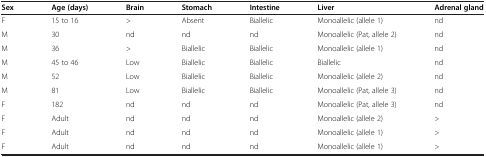
<table><thead><tr><td><b>Sex</b></td><td><b>Age (days)</b></td><td><b>Brain</b></td><td><b>Stomach</b></td><td><b>Intestine</b></td><td><b>Liver</b></td><td><b>Adrenal gland</b></td></tr></thead><tbody><tr><td>F</td><td>15 to 16</td><td>&gt;</td><td>Absent</td><td>Biallelic</td><td>Monoallelic (allele 1)</td><td>nd</td></tr><tr><td>M</td><td>30</td><td>nd</td><td>nd</td><td>nd</td><td>Monoallelic (Pat, allele 2)</td><td>nd</td></tr><tr><td>M</td><td>36</td><td>&gt;</td><td>Biallelic</td><td>Biallelic</td><td>Monoallelic (allele 1)</td><td>nd</td></tr><tr><td>M</td><td>45 to 46</td><td>Low</td><td>Biallelic</td><td>Biallelic</td><td>Biallelic</td><td>nd</td></tr><tr><td>M</td><td>52</td><td>Low</td><td>Biallelic</td><td>Biallelic</td><td>Monoallelic (allele 2)</td><td>nd</td></tr><tr><td>M</td><td>81</td><td>Low</td><td>Biallelic</td><td>Biallelic</td><td>Monoallelic (Pat, allele 3)</td><td>nd</td></tr><tr><td>F</td><td>182</td><td>nd</td><td>nd</td><td>nd</td><td>Monoallelic (Pat, allele 3)</td><td>nd</td></tr><tr><td>F</td><td>Adult</td><td>nd</td><td>nd</td><td>nd</td><td>Monoallelic (allele 2)</td><td>&gt;</td></tr><tr><td>F</td><td>Adult</td><td>nd</td><td>nd</td><td>nd</td><td>Monoallelic (allele 1)</td><td>&gt;</td></tr><tr><td>F</td><td>Adult</td><td>nd</td><td>nd</td><td>nd</td><td>Monoallelic (allele 1)</td><td>&gt;</td></tr></tbody></table>